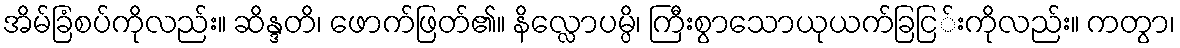
အိမ်ခြံစပ်ကိုလည်း။ ဆိန္ဒတိ၊ ဖောက်ဖြတ်၏။ နိလ္လောပမ္ပိ၊ ကြီးစွာသောယုယက်ခြငြ်းကိုလည်း။ ကတွာ၊